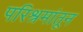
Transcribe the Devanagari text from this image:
परिश्रमांतून